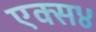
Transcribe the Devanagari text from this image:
एक्स४